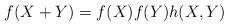
LaTeX: \begin{align*}f(X+Y) = f(X)f(Y)h(X,Y)\end{align*}